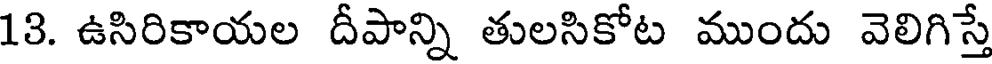
13. ఉసిరికాయల దీపాన్ని తులసికోట ముందు వెలిగిస్తే